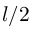
l / 2